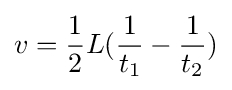
v={\frac {1}{2}}L({\frac {1}{t_{1}}}-{\frac {1}{t_{2}}})